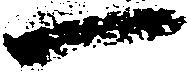
一